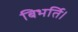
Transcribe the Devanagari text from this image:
बिभर्ति।